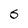
Character: S